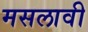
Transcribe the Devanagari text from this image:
मसलावी